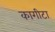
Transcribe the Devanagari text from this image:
कागीटा